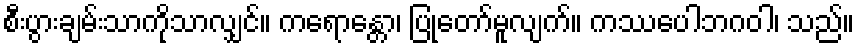
စီးပွားချမ်းသာကိုသာလျှင်။ ကရောန္တော၊ ပြုတော်မူလျက်။ ကဿပေါဘဂဝါ၊ သည်။